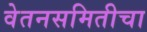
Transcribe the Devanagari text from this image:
वेतनसमितीचा